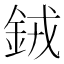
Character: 𬫍